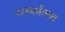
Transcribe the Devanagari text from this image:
परमार्थवाद